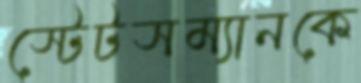
স্টেটসম্যানকে